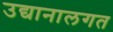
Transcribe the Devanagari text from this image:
उद्यानालगत